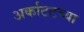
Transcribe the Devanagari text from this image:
अर्काटटच्या